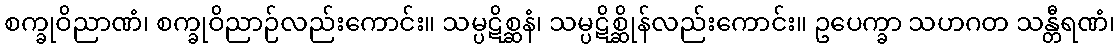
စက္ခုဝိညာဏံ၊ စက္ခုဝိညာဉ်လည်းကောင်း။ သမ္ပဋိစ္ဆနံ၊ သမ္ပဋိစ္ဆိုန်လည်းကောင်း။ ဥပေက္ခာ သဟဂတ သန္တီရဏံ၊